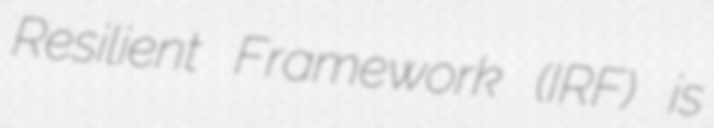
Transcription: Resilient Framework (IRF) is